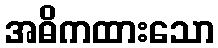
အဓိကထားသော